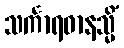
သင်္ကာရဓာနသ္မိံ